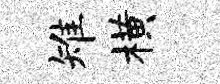
雉横